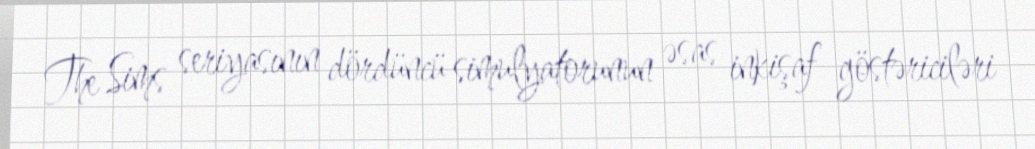
The Sims seriyasının dördüncü simulyatorunun əsas inkişaf göstəriciləri